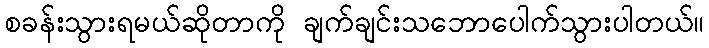
စခန်းသွားရမယ်ဆိုတာကို ချက်ချင်းသဘောပေါက်သွားပါတယ်။